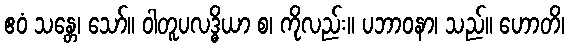
ဧဝံ သန္တေ၊ သော်။ ဝါတူပလဒ္ဓိယာ စ၊ ကိုလည်း။ ပဘာဝနာ၊ သည်။ ဟောတိ၊